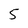
Character: 5